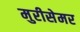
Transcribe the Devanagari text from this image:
मुरीसेमर